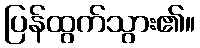
ပြန်ထွက်သွား၏။